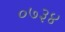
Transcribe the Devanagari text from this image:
०७३४